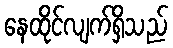
နေထိုင်လျက်ရှိသည်